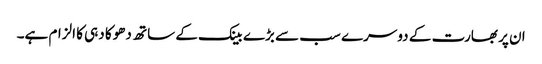
ان پر بھارت کے دوسرے سب سے بڑے بینک کے ساتھ دھوکا دہی کا الزام ہے۔